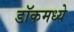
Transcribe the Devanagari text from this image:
डॉकमध्ये